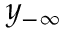
y _ { - \infty }